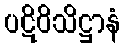
ပဋိဝိသိဋ္ဌာနံ